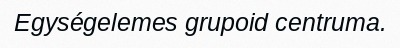
Egységelemes grupoid centruma.